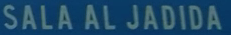
SALA AL JADIDA